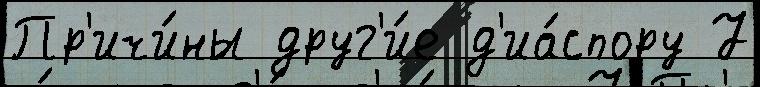
Пр'ичи́ны друг'и́е д'иа́спору 7